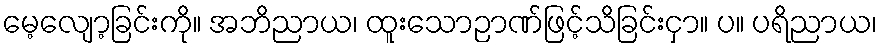
မေ့လျော့ခြင်းကို။ အဘိညာယ၊ ထူးသောဉာဏ်ဖြင့်သိခြင်းငှာ။ ပ။ ပရိညာယ၊